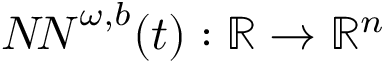
\begin{array} { r } { { N \! N } ^ { \omega , b } ( t ) : \mathbb { R } \rightarrow \mathbb { R } ^ { n } } \end{array}